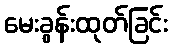
မေးခွန်းထုတ်ခြင်း